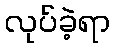
လုပ်ခဲ့ရာ